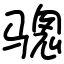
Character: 骢